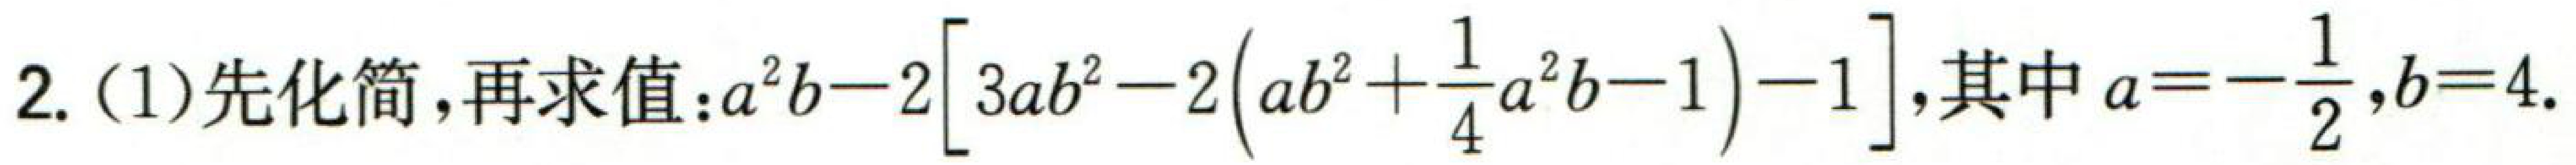
$2.(1)先化简,再求值:a^{2}b - 2\left[3ab^{2}-2\left(ab^{2}+\frac{1}{4}a^{2}b - 1\right)-1\right],其中a = -\frac{1}{2},b = 4.$